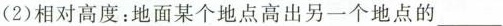
(2)相对高度：地面某个地点高出另一个地点的___